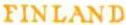
FINLAND